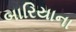
બારિયાના